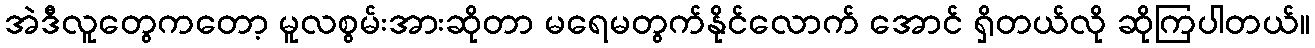
အဲဒီလူတွေကတော့ မူလစွမ်းအားဆိုတာ မရေမတွက်နိုင်လောက် အောင် ရှိတယ်လို ဆိုကြပါတယ်။